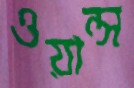
ওয়ান্স